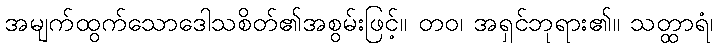
အမျက်ထွက်သောဒေါသစိတ်၏အစွမ်းဖြင့်။ တဝ၊ အရှင်ဘုရား၏။ သတ္ထာရံ၊